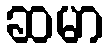
ဆမာ